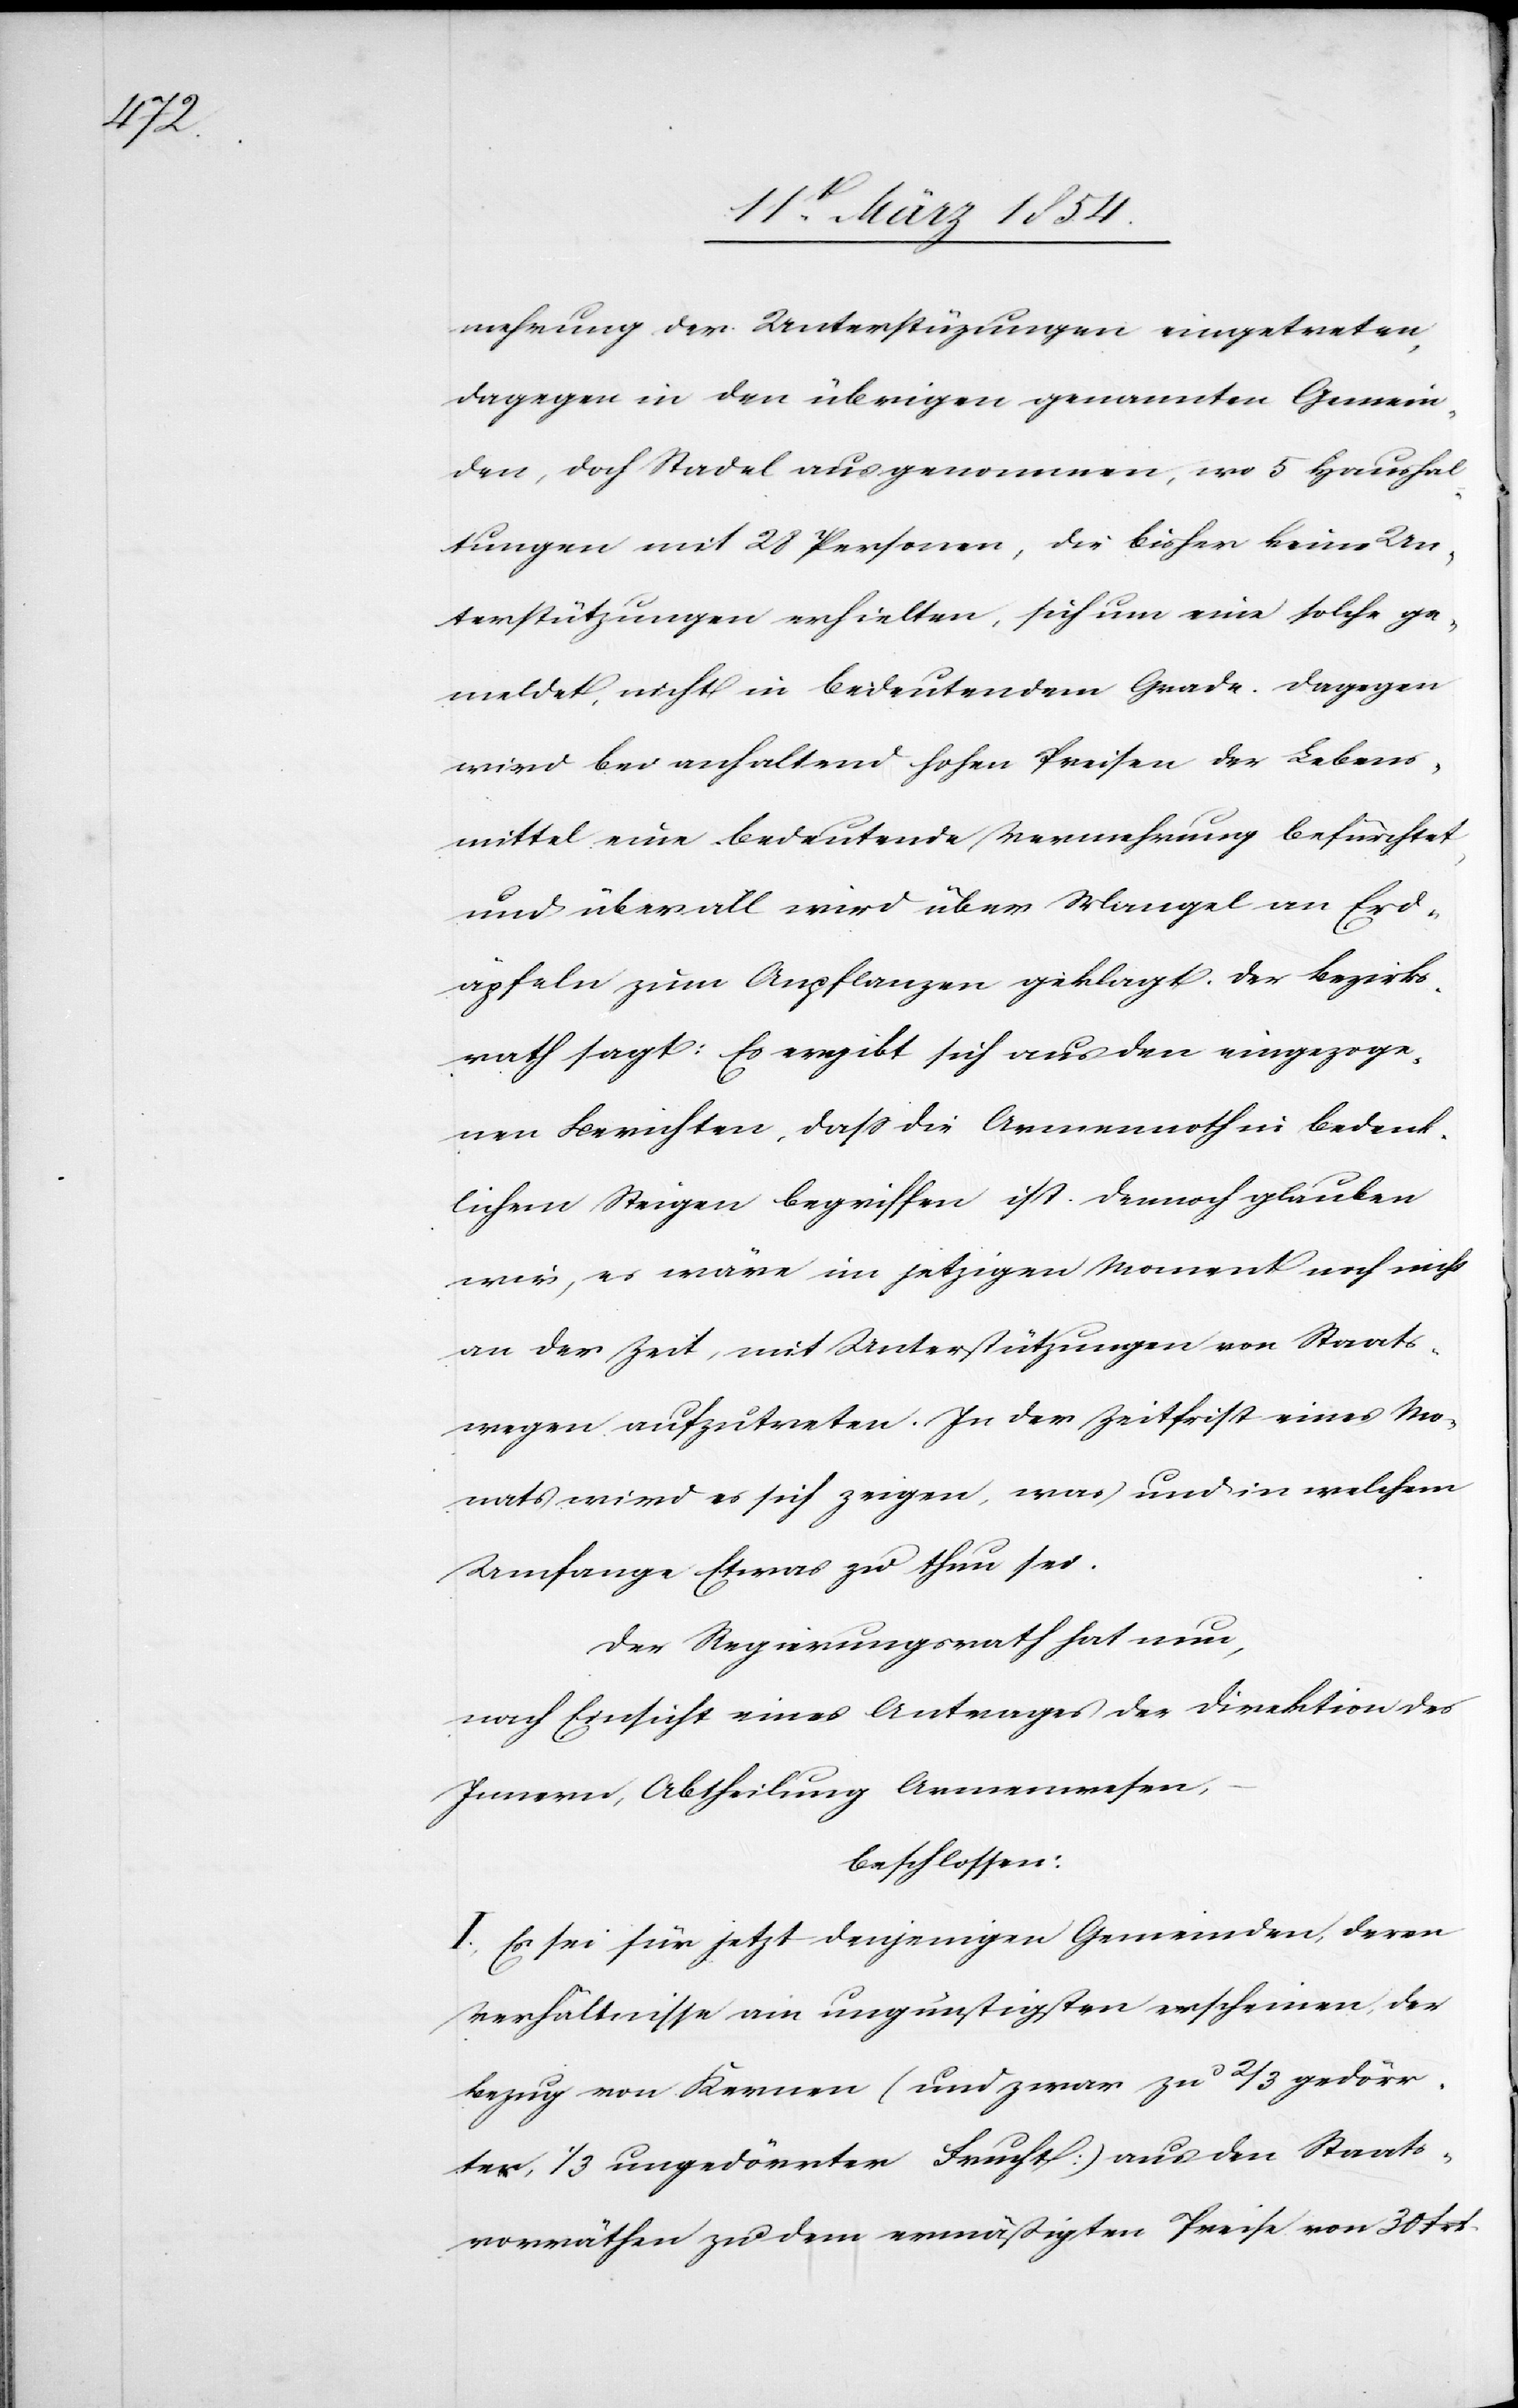
mehrung der Unterstützungen eingetreten,
dagegen in den übrigen genannten Gemein¬
den, doch Stadel ausgenommen, wo 5 Haushal¬
tungen mit 28 Personen, die bisher keine Un¬
terstützungen erhielten, sich um eine solche ge¬
meldet, nicht in bedeutendem Grade. Dagegen
wird bei anhaltend hohen Preisen der Lebens¬
mittel eine bedeutende Vermehrung befürchtet,
und überall wird über Mangel an Erd¬
äpfel zum Anpflanzen geklagt. Der Bezirks¬
rath sagt: Es ergibt sich aus den eingezoge¬
nen Berichten, daß die Armennoth in bedeut¬
lichem Steigen begriffen ist. Dennoch glauben
wir, es wäre im jetzigen Moment noch nicht
an der Zeit, mit Unterstützungen von Staats¬
wegen aufzutreten. In der Zeitfrist eines Mo¬
nats wird es sich zeigen, was und in welchem
Umfange etwas zu thun sei.
Der Regierungsrath hat nun,
nach Einsicht eines Antrages der Direktion des
Innern, Abtheilung Armenwesen,
beschlossen:
I. Es sei für jetzt denjenigen Gemeinden, deren
Verhältnisse am ungünstigsten erscheinen, der
Bezug von Kernen (und zwar zu 2/3 gedörr¬
ter, 1/3 ungedörrter Frucht) aus den Staats¬
vorräthen zu dem ermäßigten Preise von 30 Frk.